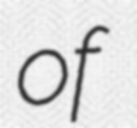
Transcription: of